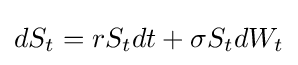
dS_{t}=rS_{t}dt+\sigma S_{t}dW_{t}